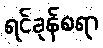
ရင်ခုန်စရာ